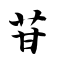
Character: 苷